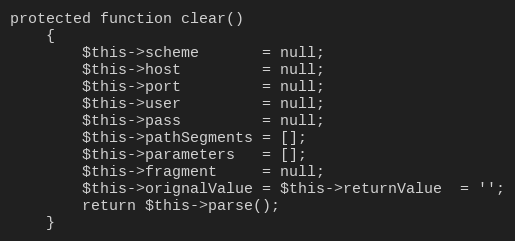
Language: PHP
protected function clear()
    {
        $this->scheme       = null;
        $this->host         = null;
        $this->port         = null;
        $this->user         = null;
        $this->pass         = null;
        $this->pathSegments = [];
        $this->parameters   = [];
        $this->fragment     = null;
        $this->orignalValue = $this->returnValue  = '';
        return $this->parse();
    }